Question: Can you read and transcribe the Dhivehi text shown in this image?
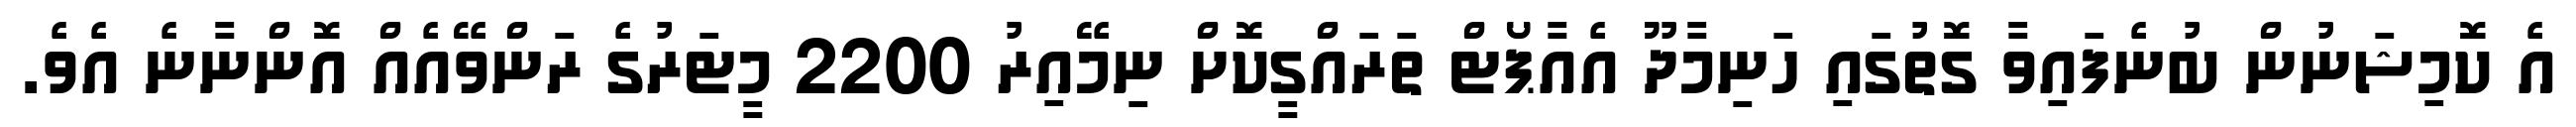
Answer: އެ ކޮމިޝަނުން ބުނެފައިވާ ގޮތުގައި ހަނިމާދޫ އެއާޕޯޓް ތަރައްގީކޮށް ނިމޭއިރު 2200 މީޓަރުގެ ރަންވޭއެއް އޮންނާނެ އެވެ.